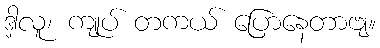
ဒါ့လူ၊ ကျုပ် တကယ် ပြောနေတာဗျ။